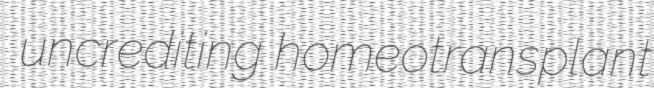
uncrediting homeotransplant